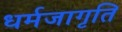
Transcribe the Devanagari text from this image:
धर्मजागृति